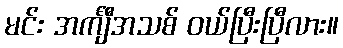
မင်း အင်္ကျီအသစ် ဝယ်ပြီးပြီလား။